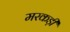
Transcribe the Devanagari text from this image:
मरकड़ी